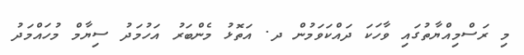
މި ރަސްމިއްޔާތުގައި ވާހަކަ ދައްކަވަމުން ދ. އަތޮޅު މެންބަރު އަހުމަދު ސިޔާމް މުހައްމަދު